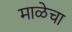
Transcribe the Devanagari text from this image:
माळेचा